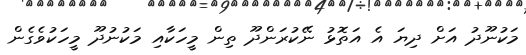
މަކުނޫދު އަށް ދިޔަ އެ އަތޮޅު ނޭކުރަންދޫ ތިން މީހަކާއި މަކުނުދޫ މީހަކުވެގެން